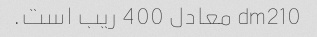
dm210 معادل 400 ریب است.